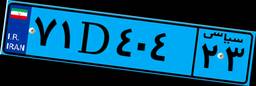
۷۱D۴۰۴۲۳